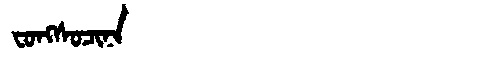
Manchu: ᠸᠣᠩᠰᠣᠴᡳᠨᠠ
Romanization: FONGSOCINA